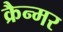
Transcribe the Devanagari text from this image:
क्रैन्मर